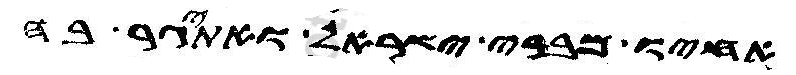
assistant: אחיו מברי ישראל ואתיגר בה